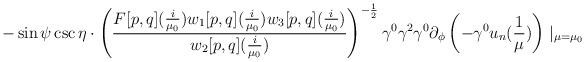
LaTeX: \begin{align*}-\sin\psi\csc\eta\cdot\left(\frac{F[p,q](\frac{i}{\mu_{0}})w_{1}[p,q](\frac{i}{\mu_{0}})w_{3}[p,q](\frac{i}{\mu_{0}})}{w_{2}[p,q](\frac{i}{\mu_{0}})}\right)^{-\frac{1}{2}}\gamma^{0}\gamma^{2}\gamma^{0}\partial_{\phi}\left(-\gamma^{0}u_{n}(\frac{1}{\mu})\right)\mid_{\mu=\mu_{0}}\end{align*}